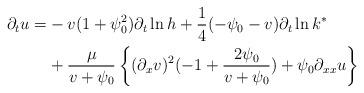
LaTeX: \begin{align*} \partial_t u=&-v(1+\psi_0^2) \partial_t\ln h+\frac{1}{4}(-\psi_0-v)\partial_t\ln k^*\\&+\frac{\mu}{v+\psi_0}\left\{(\partial_x v)^2(-1+\frac{2\psi_0}{v+\psi_0})+\psi_0\partial_{xx} u \right\}\end{align*}